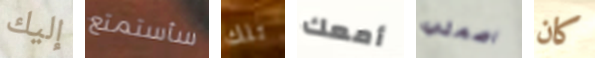
إليك سأستمتع تلك أمعك اصمتي كان